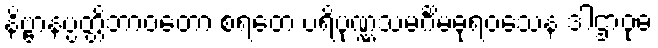
နိဗ္ဗာနပ္ပတ္တိဘာဝတော စရတေ ပရိပုဏ္ဏသမင်္ဂိမဓုရဝသေန ဒါဌာဝုဓ